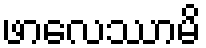
ဖာလေဿာမိ